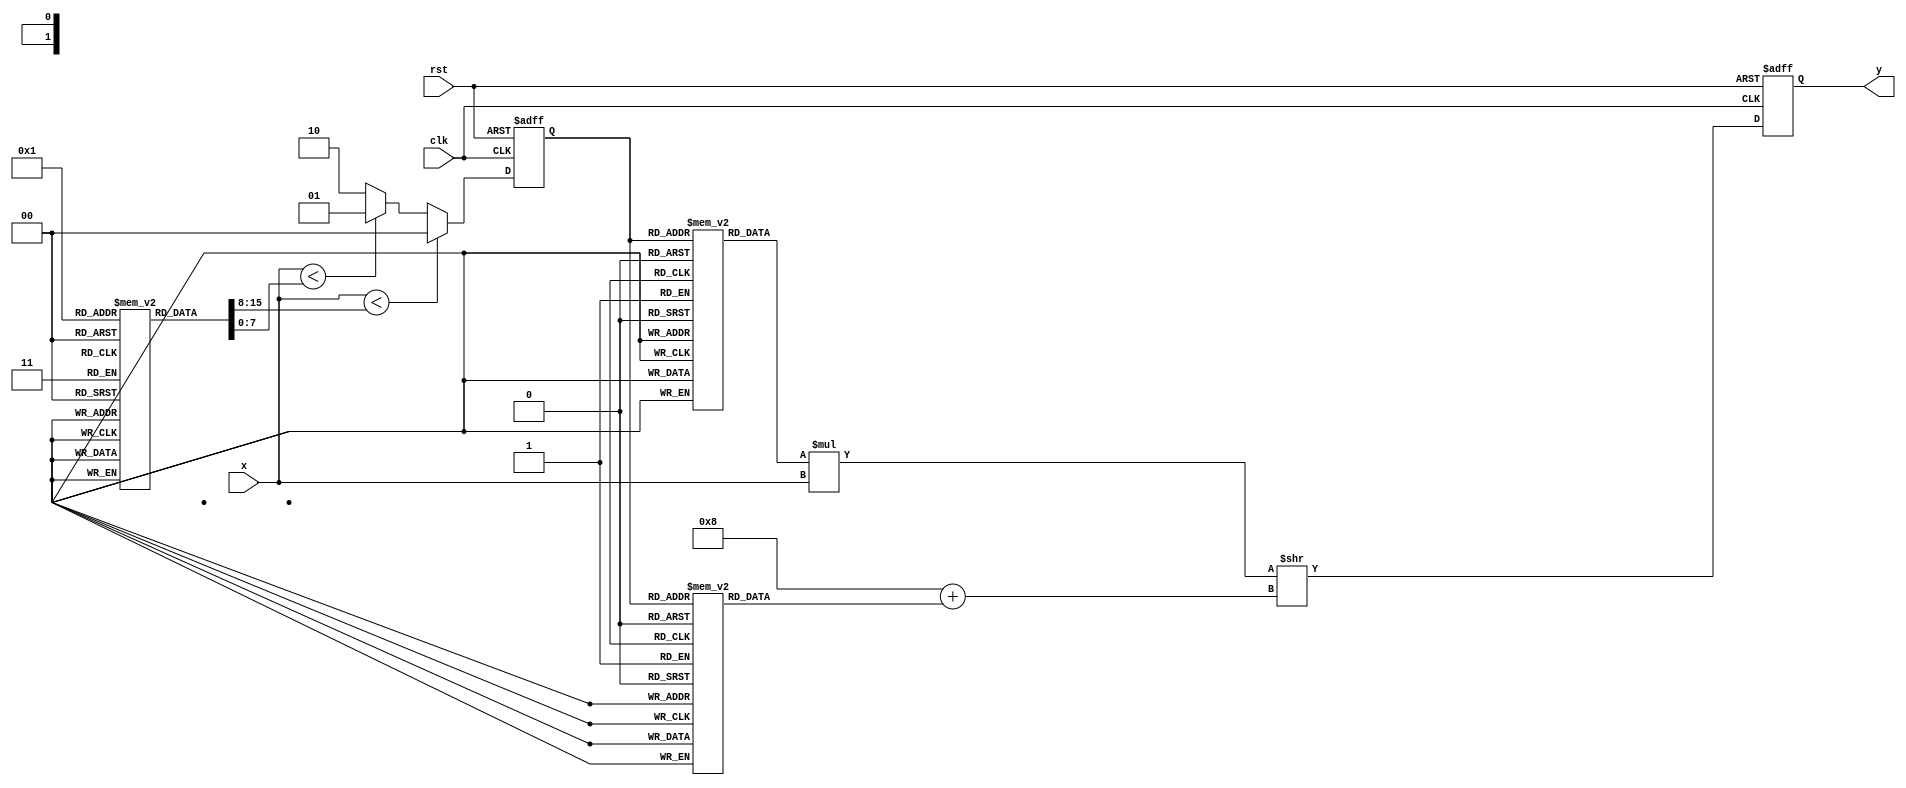
module PLAR (
    input wire [7:0] x,        // 8-bit input representing the positive real number
    output reg [15:0] y,       // 16-bit output for the approximate reciprocal
    input wire clk,            // Clock signal for synchronization
    input wire rst             // Reset signal
);

// Define parameters for piecewise linear approximation
parameter SEGMENT_COUNT = 3;

// Segment definitions (thresholds and corresponding coefficients)
reg [7:0] segments [0:SEGMENT_COUNT-1];  // Thresholds for segments
reg [15:0] m [0:SEGMENT_COUNT-1];         // Slopes
reg [15:0] b [0:SEGMENT_COUNT-1];         // Intercepts

// Initialize segments and coefficients
initial begin
    // Segment thresholds (for x)
    segments[0] = 8'd1;    // First segment: [0, 1]
    segments[1] = 8'd2;    // Second segment: [1, 2]
    segments[2] = 8'd4;    // Third segment: [2, 4]
    
    // Coefficients for y = mx + b
    m[0] = 16'd255; // Example slope for segment 1
    b[0] = 16'd255; // Example intercept for segment 1
    m[1] = 16'd127; // Example slope for segment 2
    b[1] = 16'd127; // Example intercept for segment 2
    m[2] = 16'd63;  // Example slope for segment 3
    b[2] = 16'd63;  // Example intercept for segment 3
end

// Internal variables
reg [1:0] selected_segment; // To track selected segment

always @(posedge clk or posedge rst) begin
    if (rst) begin
        y <= 16'd0; // Reset output
        selected_segment <= 2'b00; // Reset segment selection
    end else begin
        // Select the segment based on input x
        if (x < segments[0]) begin
            selected_segment <= 2'b00; // Segment 1: [0, 1]
        end else if (x < segments[1]) begin
            selected_segment <= 2'b01; // Segment 2: [1, 2]
        end else if (x < segments[2]) begin
            selected_segment <= 2'b10; // Segment 3: [2, 4]
        end else begin
            selected_segment <= 2'b10; // Default to last segment if x >= 4
        end

        // Calculate the output using the selected segment
        y <= (m[selected_segment] * x) >> 8 + b[selected_segment]; // Right shift to scale down
    end
end

endmodule